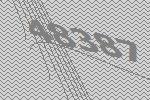
48387